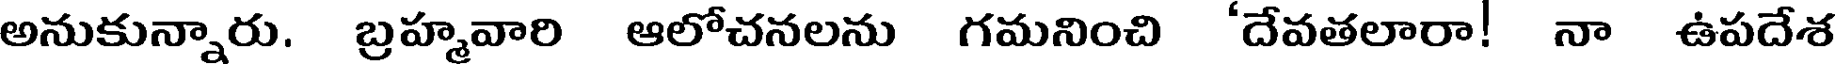
అనుకున్నారు. బ్రహ్మవారి ఆలోచనలను గమనించి 'దేవతలారా! నా ఉపదేశ